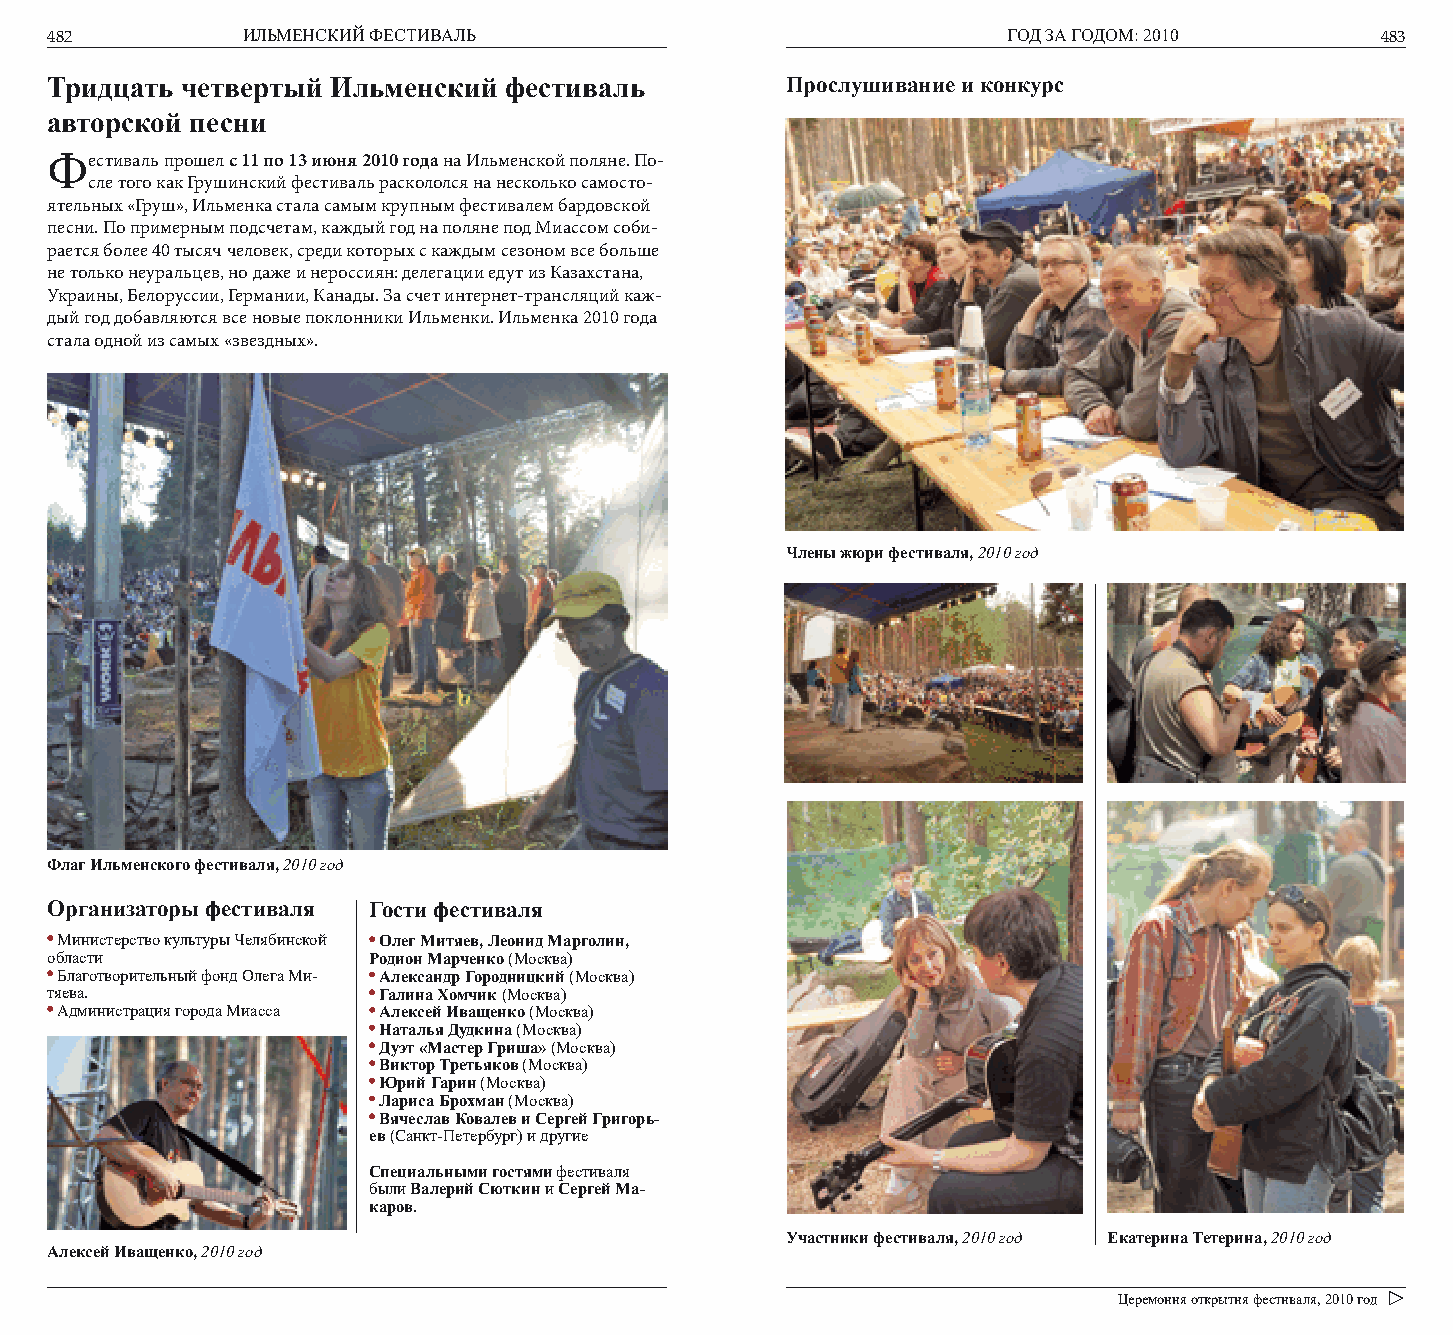
482          ИЛЬМЕНСКИЙ ФЕСТИВАЛЬ                               ГОД ЗА ГОДОМ: 2010      483
 Тридцать четвертый Ильменский фестиваль          Прослушивание и конкурс
 авторской песни
 Фестиваль прошел с 11 по 13 июня 2010 года на Ильменской поляне. По-
 сле того как Грушинский фестиваль раскололся на несколько самосто-
 ятельных «Груш», Ильменка стала самым крупным фестивалем бардовской
 песни. По примерным подсчетам, каждый год на поляне под Миассом соби-
 рается более 40 тысяч человек, среди которых с каждым сезоном все больше
 не только неуральцев, но даже и нероссиян: делегации едут из Казахстана,
 Украины, Белоруссии, Германии, Канады. За счет интернет-трансляций каж-
 дый год добавляются все новые поклонники Ильменки. Ильменка 2010 года
 стала одной из самых «звездных».
 Члены жюри фестиваля, 2010 год
 Флаг Ильменского фестиваля, 2010 год
 Организаторы фестиваля Гости фестиваля
 Министерство культуры Челябинской Олег Митяев, Леонид Марголин,
 области              Родион Марченко (Москва)
 Благотворительный фонд Олега Ми- Александр Городницкий (Москва)
 тяева.                Галина Хомчик (Москва)
 Администрация города Миасса Алексей Иващенко (Москва)
 Наталья Дудкина (Москва)
 Дуэт «Мастер Гриша» (Москва)
 Виктор Третьяков (Москва)
 Юрий Гарин (Москва)
 Лариса Брохман (Москва)
 Вячеслав Ковалев и Сергей Григорь-
 ев (Санкт-Петербург) и другие
 Специальными гостями фестиваля
 были Валерий Сюткин и Сергей Ма-
 каров.
 Участники фестиваля, 2010 год Екатерина Тетерина, 2010 год
 Алексей Иващенко, 2010 год
 Церемония открытия фестиваля, 2010 год